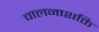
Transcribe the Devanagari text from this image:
चालनाशक्ति